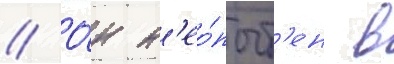
// О́н н'ео́пыт'ен в